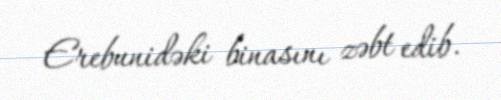
Erebunidəki binasını zəbt edib.